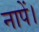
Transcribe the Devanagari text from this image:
नापें।